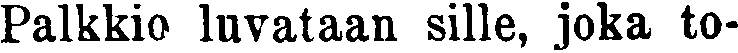
Palkkio luvataan sille, joka to-